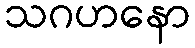
သဂဟနော